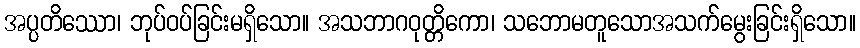
အပ္ပတိဿော၊ ဘုပ်ဝပ်ခြင်းမရှိသော။ အသဘာဂဝုတ္တိကော၊ သဘောမတူသောအသက်မွေးခြင်းရှိသော။